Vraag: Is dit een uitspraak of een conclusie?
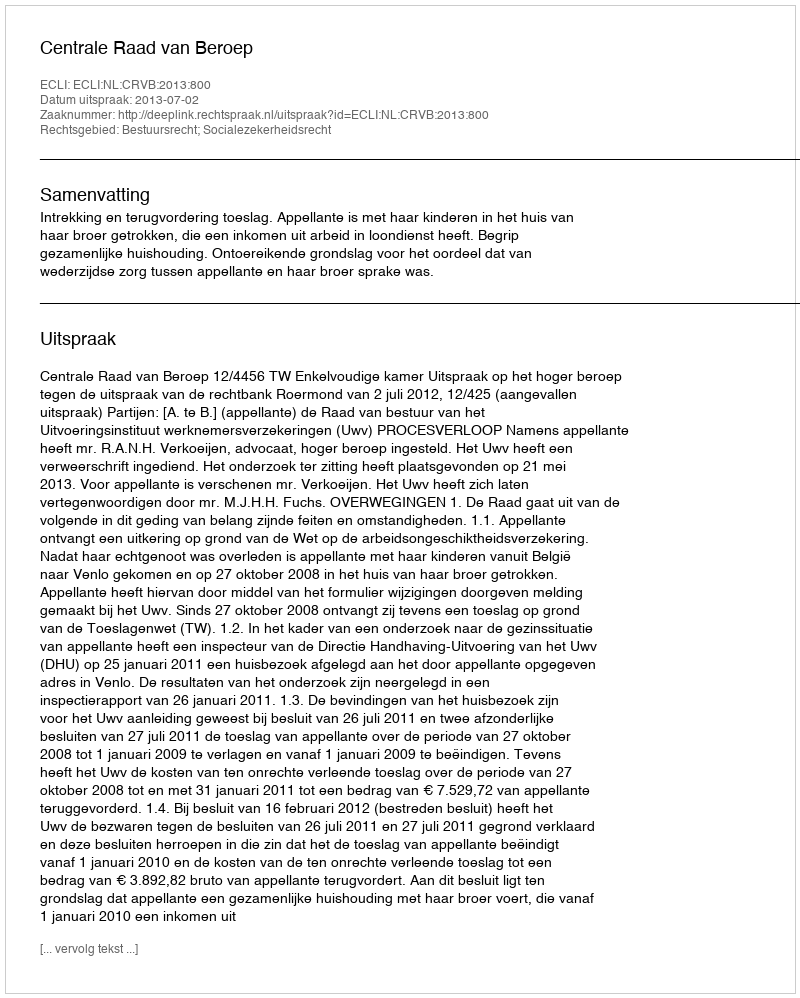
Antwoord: Uitspraak